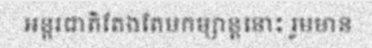
អន្តរជាតិតែងតែមកម្សាន្តនោះ រួមមាន